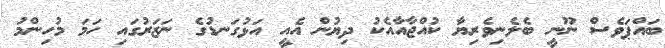
ބައްޕަވެސް ނޫނީ ބެލެނިވެރިޔާ ކުއްޖާއާއެކު ދިޔުން އެއީ އަޅުގަނޑުގެ ނަޒަރުގައި ހަމަ މުހިންމު